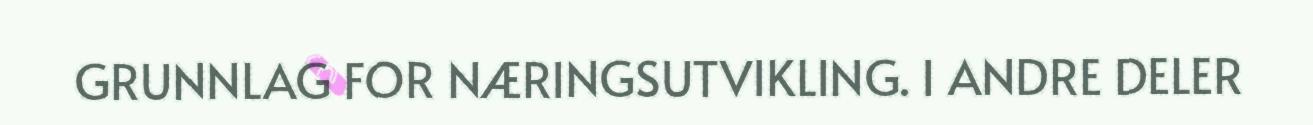
GRUNNLAG FOR NÆRINGSUTVIKLING. I ANDRE DELER